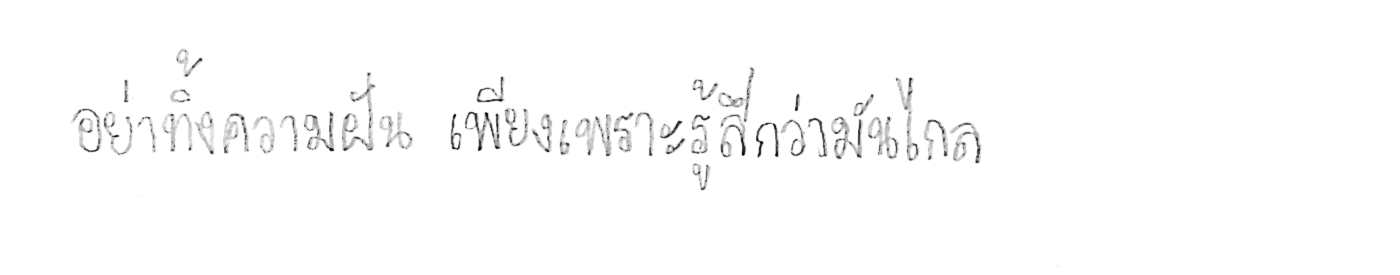
อย่าทิ้งความฝัน เพียงเพราะรู้สึกว่ามันไกล